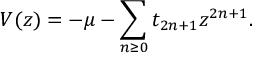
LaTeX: V ( z ) = - \mu - \sum _ { n \ge 0 } t _ { 2 n + 1 } z ^ { 2 n + 1 } .